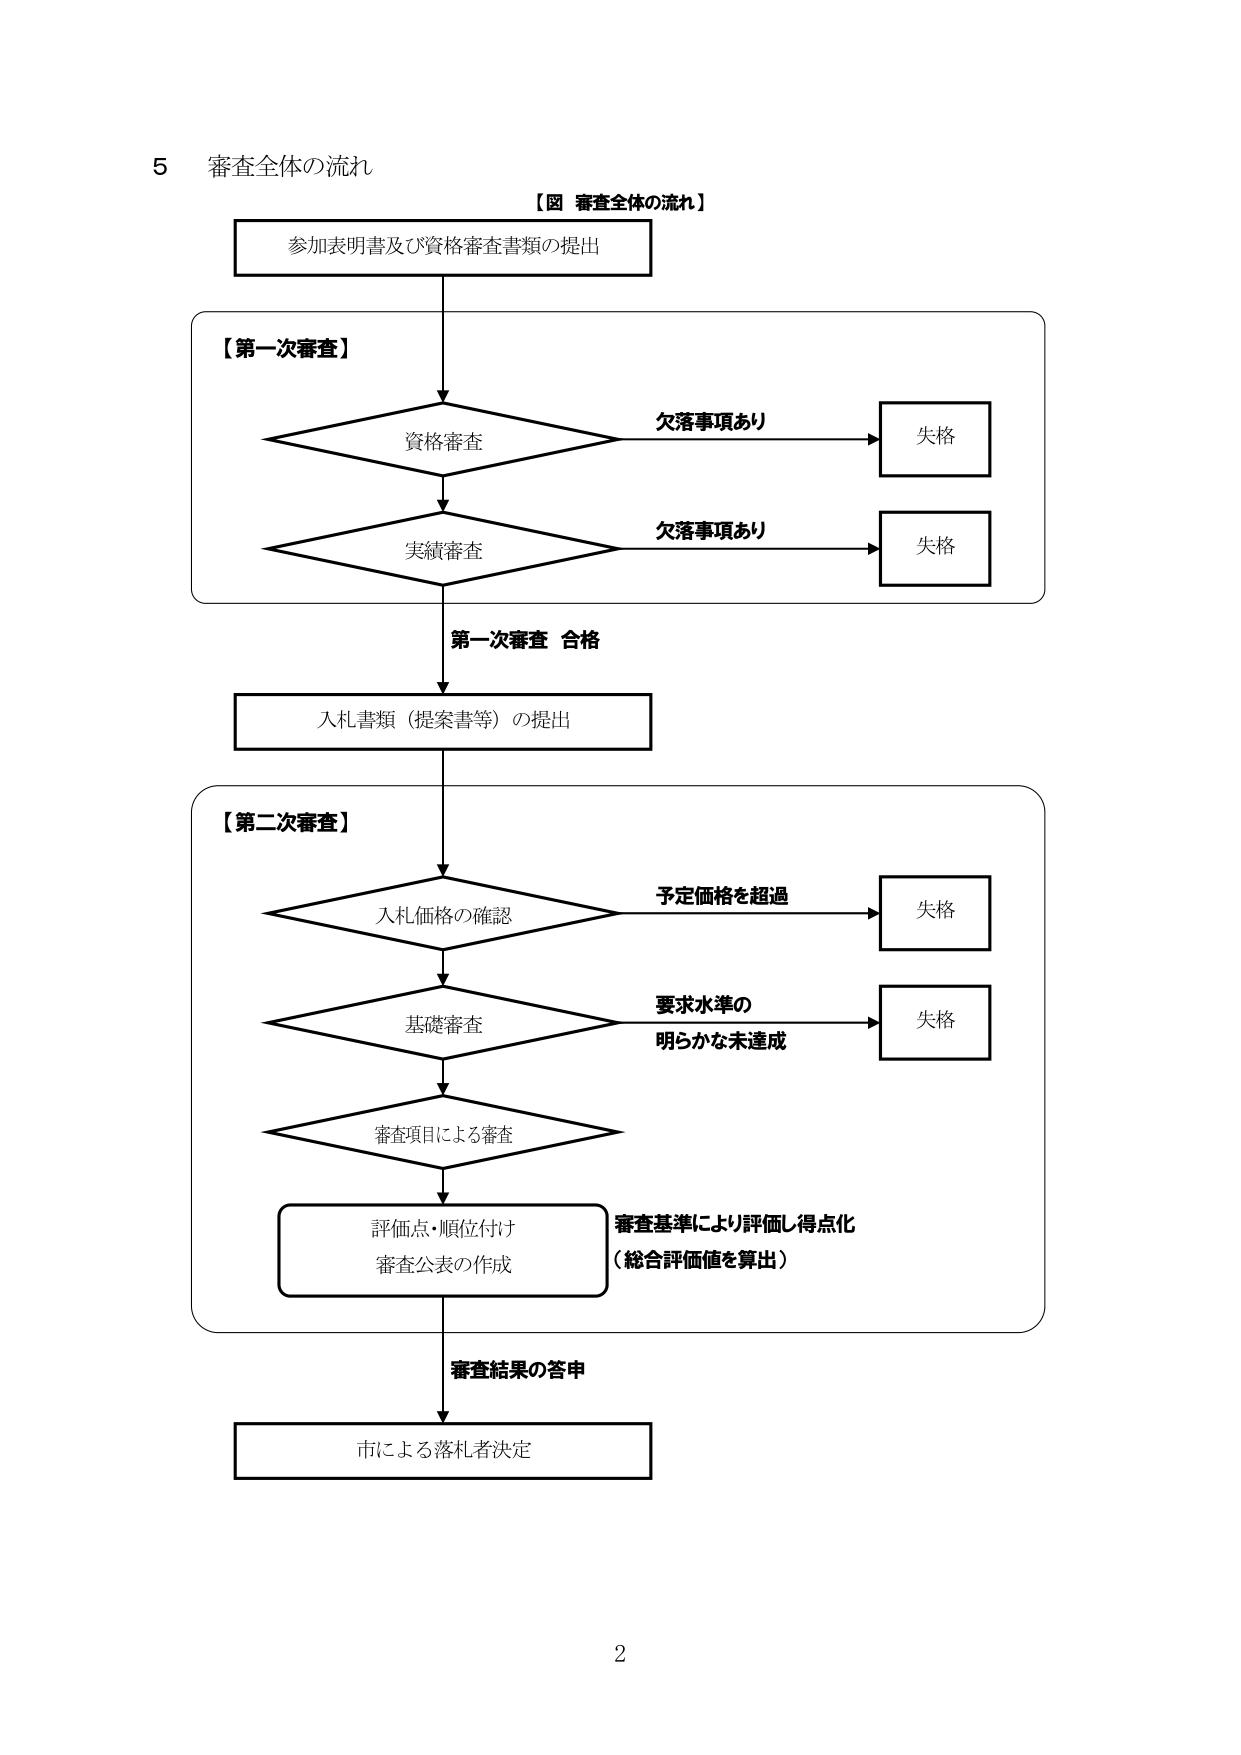
5 審査全体の流れ

【図 審査全体の流れ】

参加表明書及び資格審査書類の提出

【第一次審査】

資格審査
　→ 欠落事項あり → 失格

実績審査
　→ 欠落事項あり → 失格

第一次審査 合格

入札書類（提案書等）の提出

【第二次審査】

入札価格の確認
　→ 予定価格を超過 → 失格

基礎審査
　→ 要求水準の
　　明らかな未達成 → 失格

審査項目による審査

評価点・順位付け
審査公表の作成
　→ 審査基準により評価し得点化
　　（総合評価値を算出）

審査結果の答申

市による落札者決定

2